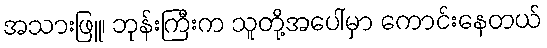
အသားဖြူ၊ ဘုန်းကြီးက သူတို့အပေါ်မှာ ကောင်းနေတယ်